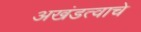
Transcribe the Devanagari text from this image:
अखंडत्वाचे